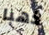
ذهبا